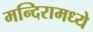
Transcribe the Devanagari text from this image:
मन्दिरामध्ये